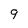
Character: 9